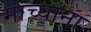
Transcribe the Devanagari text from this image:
माच्यांना